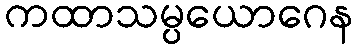
ကထာသမ္ပယောဂေန